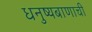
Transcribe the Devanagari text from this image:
धनुष्यबाणाची